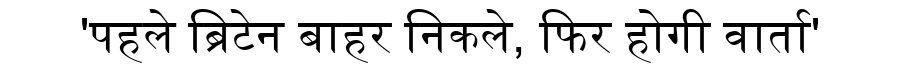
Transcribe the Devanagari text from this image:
'पहले ब्रिटेन बाहर निकले, फिर होगी वार्ता'